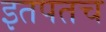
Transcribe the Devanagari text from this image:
इतपतच